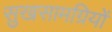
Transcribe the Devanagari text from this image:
सुखसामग्रियों